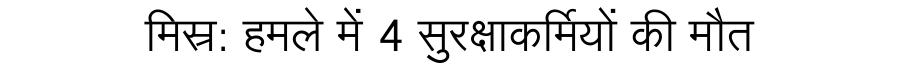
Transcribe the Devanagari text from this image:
मिस्र: हमले में 4 सुरक्षाकर्मियों की मौत